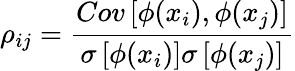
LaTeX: \rho_{ij}=\frac{Cov\left[\phi(x_{i}),\phi(x_{j})\right]}{\sigma\left[\phi(x_{i})\right]\sigma\left[\phi(x_{j})\right]}